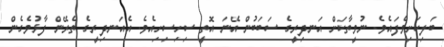
ބަލިކަށިވެފައެވެ. ނުވީތާކަށް އަނދިރީގެ ސަބަބުން އޭނަ އޮތީ ސިހިސިހިއެވެ. އެއަނދިރީގެ ތެރޭން ފާޅުވެގެން